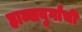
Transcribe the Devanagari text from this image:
हाब्सबुर्गांची